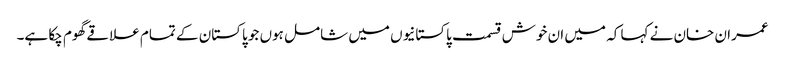
عمران خان نے کہا کہ میں ان خوش قسمت پاکستانیوں میں شامل ہوں جو پاکستان کے تمام علاقے گھوم چکا ہے۔